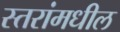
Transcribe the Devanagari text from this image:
स्तरांमधील